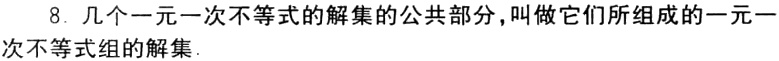
8. 几个一元一次不等式的解集的公共部分，叫做它们所组成的一元一次不等式组的解集.